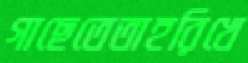
গাছেতেতাহরিখে